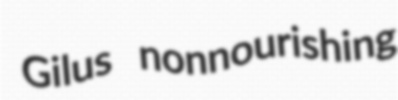
Gilus nonnourishing